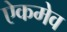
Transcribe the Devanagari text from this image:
ऐकमेव